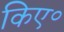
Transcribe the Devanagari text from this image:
किए॰